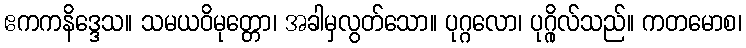
ဧကကနိဒ္ဒေသ။ သမယဝိမုတ္တော၊ အခါမှလွတ်သော။ ပုဂ္ဂလော၊ ပုဂ္ဂိုလ်သည်။ ကတမောစ၊